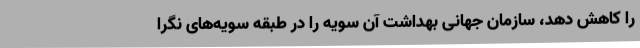
را کاهش دهد، سازمان جهانی بهداشت آن سویه را در طبقه سویه‌های نگرا